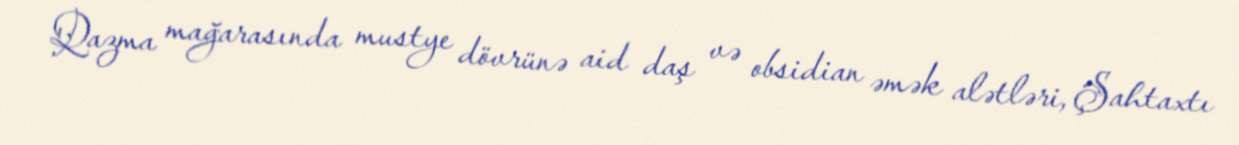
Qazma mağarasında mustye dövrünə aid daş və obsidian əmək alətləri, Şahtaxtı